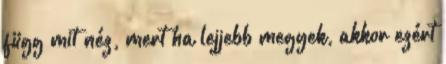
függ mit néz, mert ha lejjebb megyek, akkor ezért